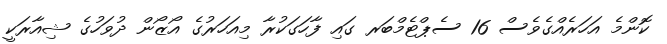
ކޮންމެ އަހަރެއްގެވެސް 16 ސެޕްޓެމްބަރ ގައި ފާހަގަކުރާ މިއަހަރުގެ އޯޒޯން ދުވަހުގެ ޝިއާރަކީ